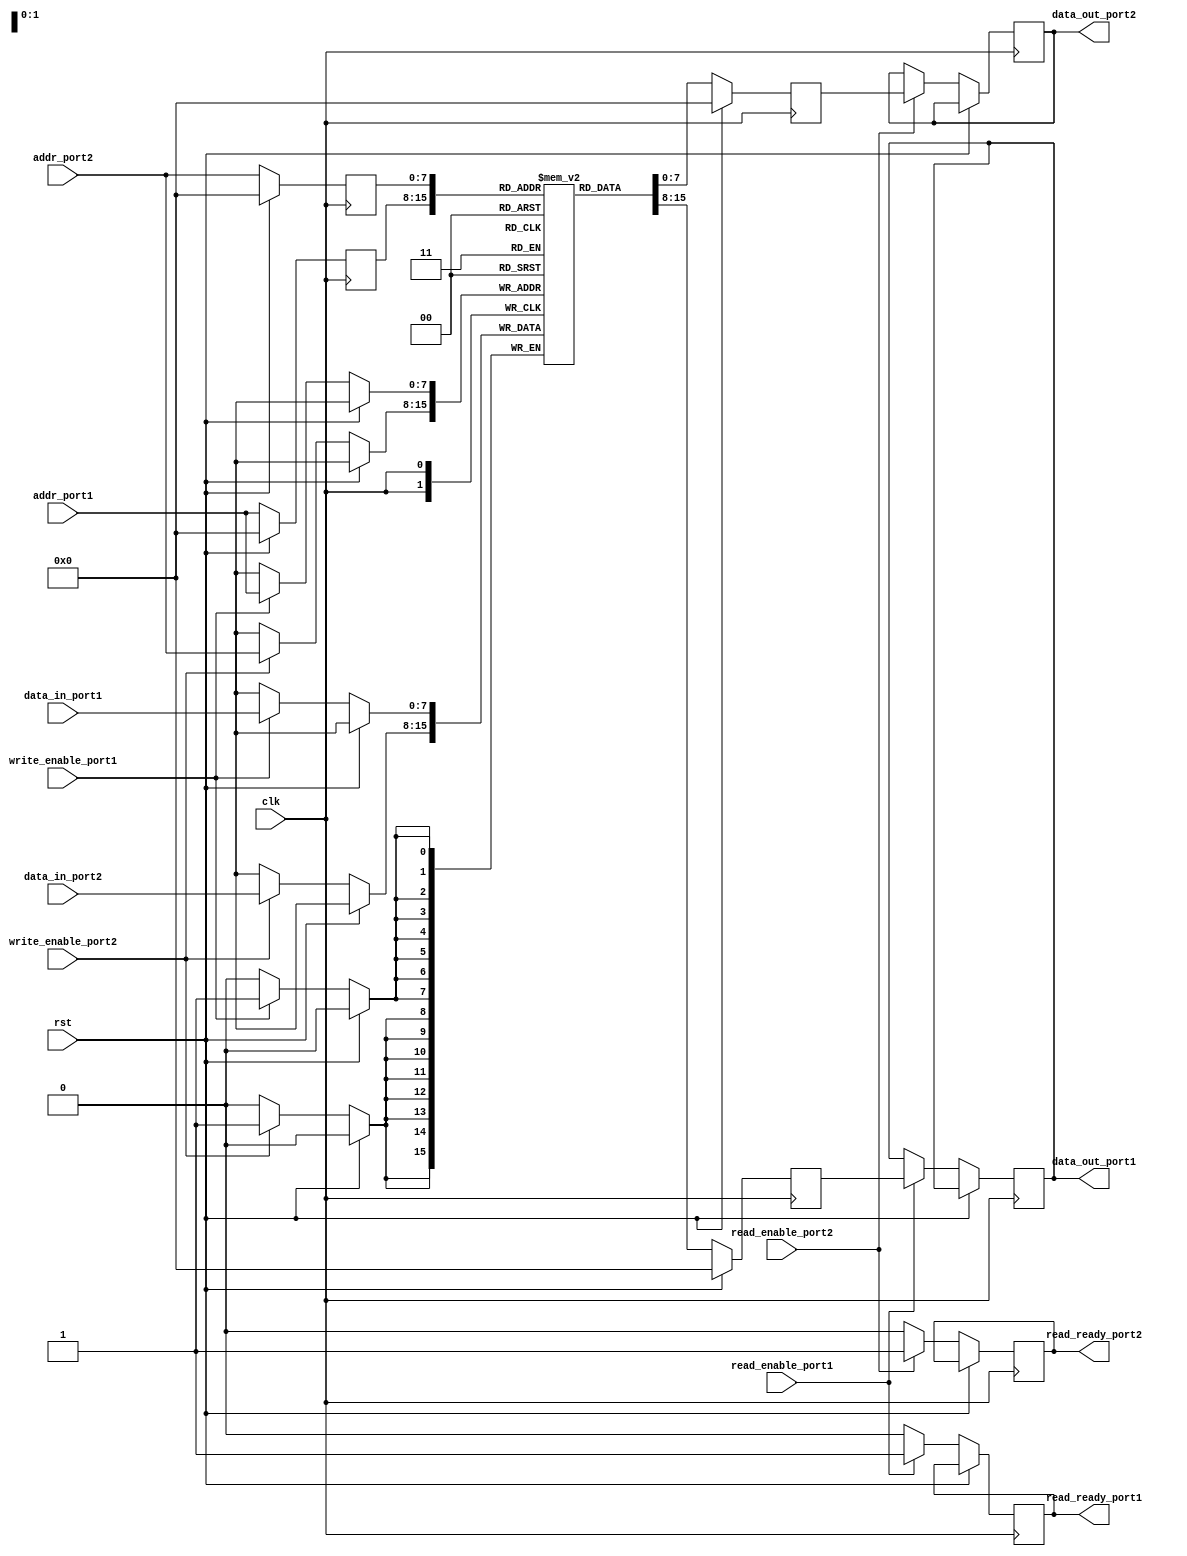
module dual_port_RAM(
  input wire clk,
  input wire rst,
  input wire [7:0] addr_port1,
  input wire [7:0] data_in_port1,
  input wire write_enable_port1,
  output reg [7:0] data_out_port1,
  input wire read_enable_port1,
  output wire read_ready_port1,
  input wire [7:0] addr_port2,
  input wire [7:0] data_in_port2,
  input wire write_enable_port2,
  output reg [7:0] data_out_port2,
  input wire read_enable_port2,
  output wire read_ready_port2
);

reg [7:0] mem [0:255];

reg [7:0] addr_reg_port1;
reg [7:0] data_reg_port1;
reg [7:0] addr_reg_port2;
reg [7:0] data_reg_port2;

always @(posedge clk) begin
  if (rst) begin
    addr_reg_port1 <= 8'h0;
    data_reg_port1 <= 8'h0;
    addr_reg_port2 <= 8'h0;
    data_reg_port2 <= 8'h0;
  end else begin
    if (write_enable_port1) begin
      mem[addr_port1] <= data_in_port1;
    end
    addr_reg_port1 <= addr_port1;
    data_reg_port1 <= mem[addr_reg_port1];
    
    if (read_enable_port1) begin
      data_out_port1 <= data_reg_port1;
      read_ready_port1 <= 1;
    end else begin
      read_ready_port1 <= 0;
    end
    
    if (write_enable_port2) begin
      mem[addr_port2] <= data_in_port2;
    end
    addr_reg_port2 <= addr_port2;
    data_reg_port2 <= mem[addr_reg_port2];
    
    if (read_enable_port2) begin
      data_out_port2 <= data_reg_port2;
      read_ready_port2 <= 1;
    end else begin
      read_ready_port2 <= 0;
    end
  end
end

endmodule